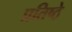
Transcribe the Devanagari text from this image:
प्रतिष्ठे